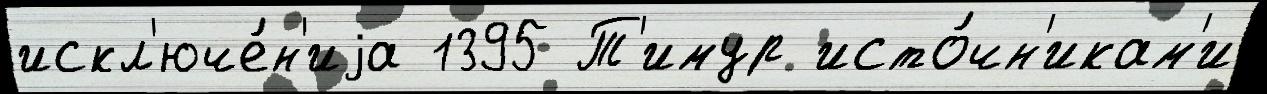
искл'юче́н'иjа 1395 Т'имур исто́чн'икам'и